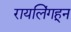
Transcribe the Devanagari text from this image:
रायलिंगहून